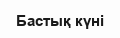
Бастық күні